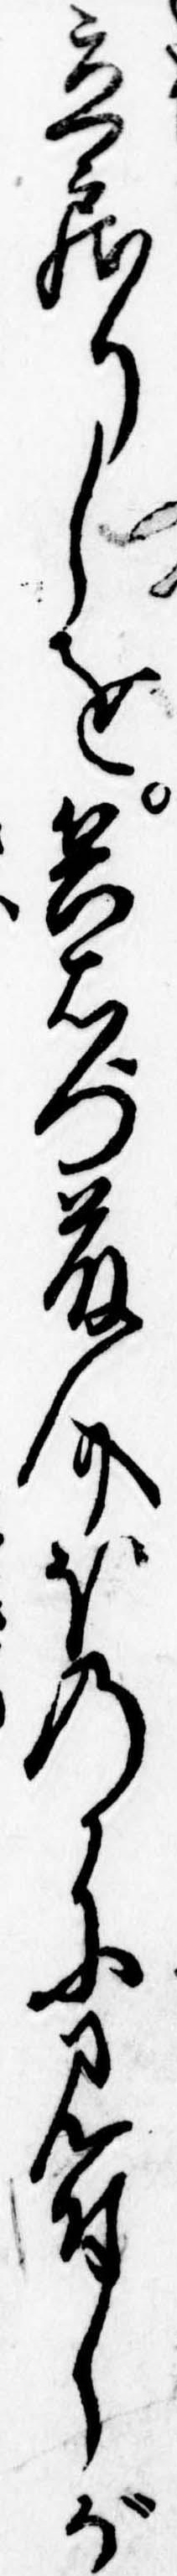
立戻りしを兵右門藤介ほのかに見付しが